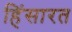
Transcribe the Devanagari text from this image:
हिंसारत